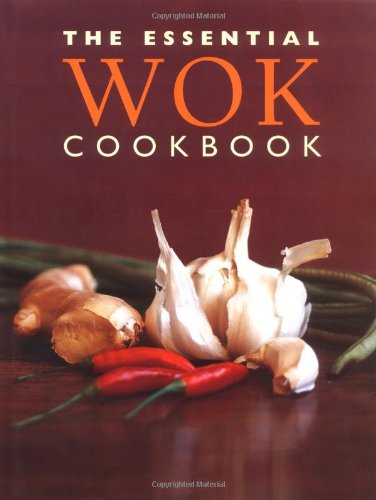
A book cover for The Essential Wok Cookbook; Cookbooks, Food & Wine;